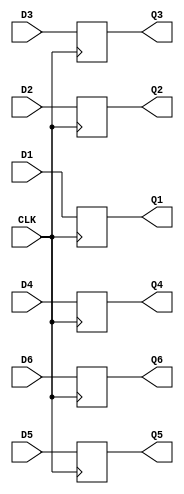
`timescale 1ns / 1ps

module Register_6x6 #(parameter AWL = 6, DWL = 32, DEPTH = 2**AWL)
                     (input CLK,
                      input D1, D2, D3, 
                      input [DWL-1:0] D4, D5, 
                      input [AWL-2:0] D6,
                      output reg Q1, Q2, Q3, 
                      output reg [DWL-1:0] Q4, Q5, 
                      output reg [AWL-2:0] Q6);
    
    always @ (posedge CLK) begin
        Q1 <= D1;
        Q2 <= D2;
        Q3 <= D3;
        Q4 <= D4;
        Q5 <= D5;
        Q6 <= D6;
    end
    
endmodule